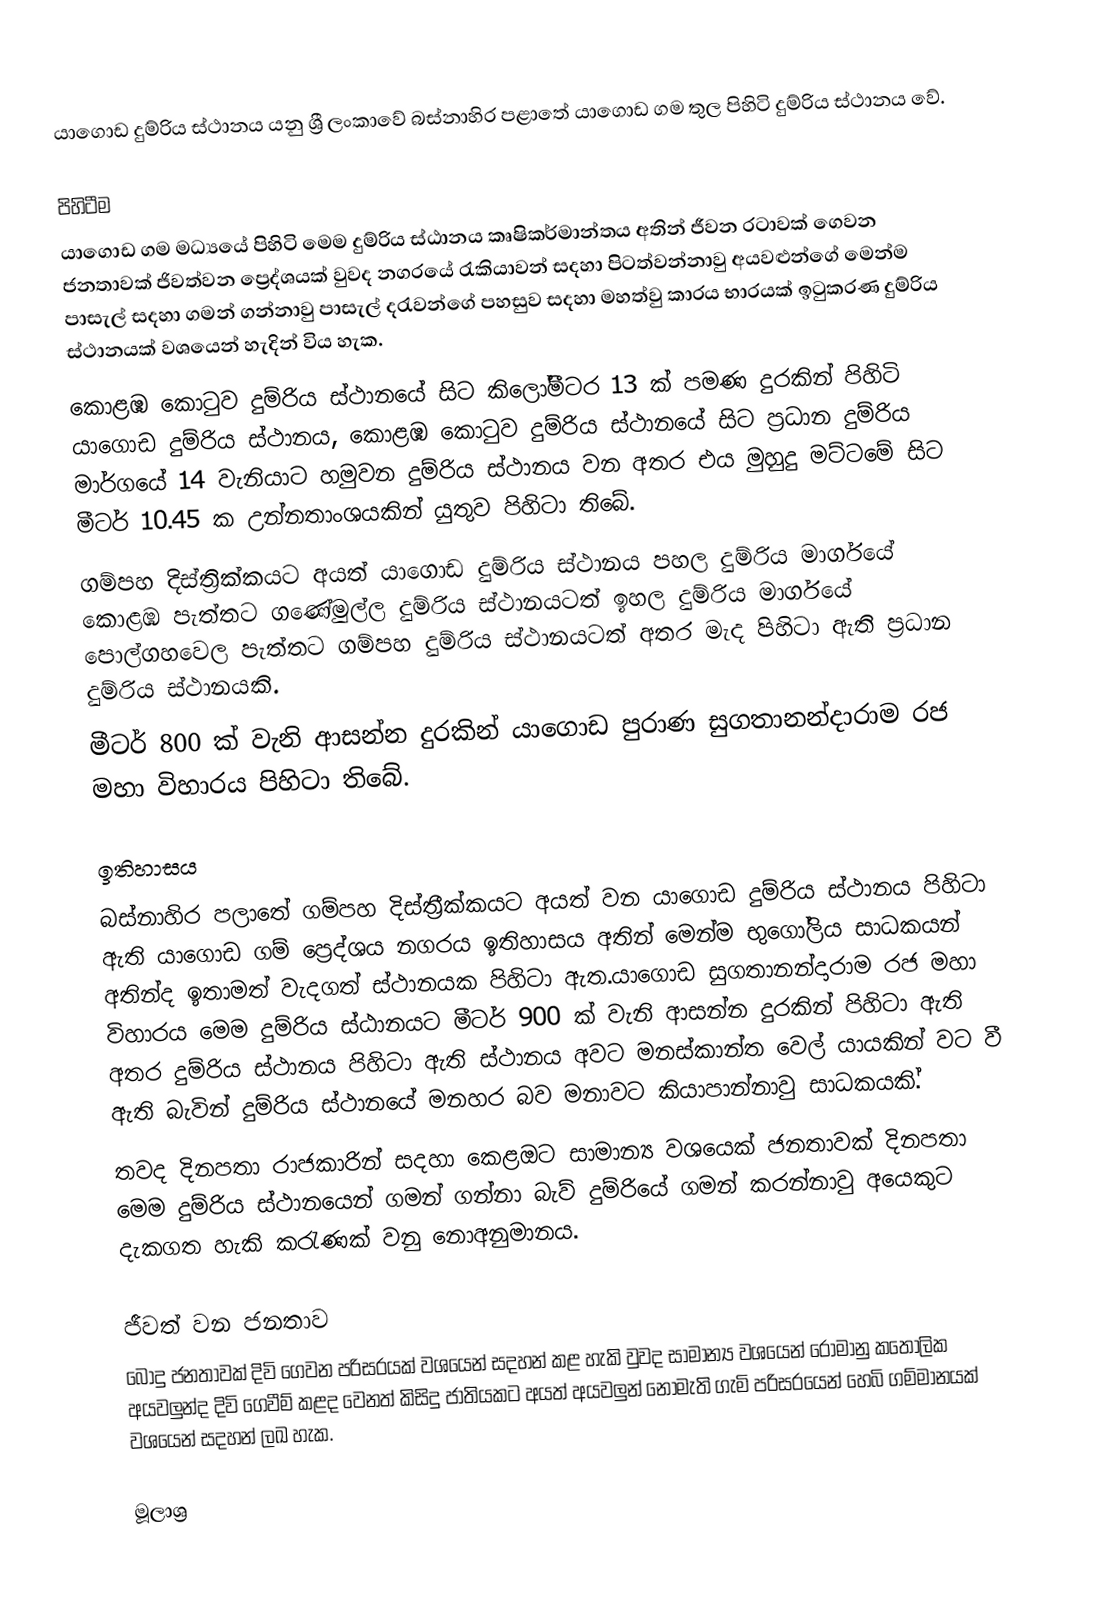
යාගොඩ දුම්රිය ස්ථානය යනු ශ්‍රී ලංකාවේ බස්නාහිර පළාතේ යාගොඩ ගම තුල පිහිටි දුම්රිය ස්ථානය වේ.

පිහිටීම
යාගොඩ ගම මධ්‍යයේ පිහිටි මෙම දුම්රිය ස්ඨානය කෘෂිකර්මාන්තය අතින් ජීවන රටාවක් ගෙවන ජනතාවක් ජිවත්වන ප්‍රෙද්ශයක් වුවද නගරයේ රැකියාවන් සදහා පිටත්වන්නාවු අයවළුන්ගේ මෙන්ම පාසැල් සදහා ගමන් ගන්නාවු පාසැල් දරැවන්ගේ පහසුව සදහා මහත්වු කාරය භාරයක් ඉටුකරණ දුම්රිය ස්ථානයක් වශයෙන් හැදින් විය හැක.
කොළඹ කොටුව දුම්රිය ස්ථානයේ සිට කිලෝමීටර 13 ක් පමණ දුරකින් පිහිටි යාගොඩ දුම්රිය ස්ථානය, කොළඹ කොටුව දුම්රිය ස්ථානයේ සිට ප්‍රධාන දුම්රිය මාර්ගයේ 14 වැනියාට හමුවන දුම්රිය ස්ථානය වන අතර එය මුහුදු මට්ටමේ සිට මීටර් 10.45 ක උන්නතාංශයකින් යුතුව පිහිටා තිබේ.
ගම්පහ දිස්ත්‍රික්කයට අයත් යාගොඩ දුම්රිය ස්ථානය පහල දුම්රිය මාර්ගයේ කොළඹ පැත්තට ගණේමුල්ල දුම්රිය ස්ථානයටත් ඉහල දුම්රිය මාර්ගයේ පොල්ගහවෙල පැත්තට ගම්පහ දුම්රිය ස්ථානයටත් අතර මැද පිහිටා ඇති ප්‍රධාන දුම්රිය ස්ථානයකි.
මීටර් 800 ක් වැනි ආසන්න දුරකින් යාගොඩ පුරාණ සුගතානන්දාරාම රජ මහා විහාරය පිහිටා තිබේ.

ඉතිහාසය
බස්නාහිර පලාතේ ගම්පහ දිස්ත්‍රීක්කයට අයත් වන යාගොඩ දුම්රිය ස්ථානය පිහිටා ඇති යාගොඩ ගම් ප්‍රෙද්ශය නගරය ඉතිහාසය අතින් මෙන්ම භුගෝලිය සාධකයන් අතින්ද ඉතාමත් වැදගත් ස්ථානයක පිහිටා ඇත.යාගොඩ සුගතානන්දාරාම රජ මහා විහාරය මෙම දුම්රිය ස්ඨානයට මීටර් 900  ක් වැනි ආසන්න දුරකින් පිහිටා ඇති අතර දුම්රිය ස්ථානය පිහිටා ඇති ස්ථානය අවට මනස්කාන්ත වෙල් යායකින් වට වී ඇති බැවින් දුම්රිය ස්ථානයේ මනහර බව මනාවට කියාපාන්නාවු සාධකයකි්‍.
තවද දිනපතා රාජකාරින් සදහා කෙළඔට සාමාන්‍ය වශයෙක් ජනතාවක් දිනපතා මෙම දුම්රිය ස්ථානයෙන් ගමන් ගන්නා බැව් දුම්රියේ ගමන් කරන්නාවු අයෙකුට දැකගත හැකි කරැණක් වනු නොඅනුමානය.

ජීවත් වන ජනතාව
බොදු ජනතාවක් දිවි ගෙවන පරිසරයක් වශයෙන් සදහන් කළ හැකි වුවද සාමාන්‍ය වශයෙන් රෝමානු කතෝලික අයවලුන්ද දිවි ගෙවීම් කළද වෙනත් කිසිදු ජාතියකට අයත් අයවලුන් නොමැති ගැමි පරිසරයෙන් හෙබි ගම්මානයක් වශයෙන් සදහන් ලඛ හැක.

මූලාශ්‍ර